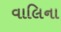
વાલિના